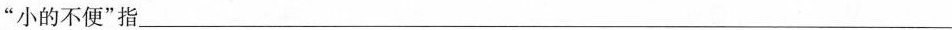
”小的不便”指___